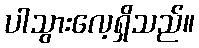
ပါသွားလေ့ရှိသည်။